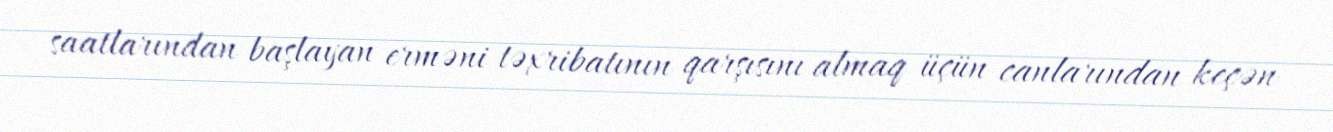
saatlarından başlayan erməni təxribatının qarşısını almaq üçün canlarından keçən